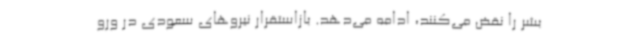
بشر را نقض می‌کنند، ادامه می‌دهد. بازاستقرار نیروهای سعودی در ورو